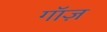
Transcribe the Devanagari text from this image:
गॉज़